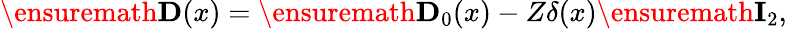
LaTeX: \begin{array}{r}{\ensuremath{\mathbf{D}}(x)=\ensuremath{\mathbf{D}}_{0}(x)-Z\delta(x)\ensuremath{\mathbf{I}}_{2},}\end{array}